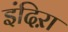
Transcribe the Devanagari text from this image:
इंदिऱा